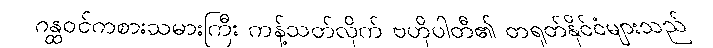
ဂန္ထဝင်ကစားသမားကြီး ကန့်သတ်လိုက် ဗဟိုပါတီ၏ တရုတ်နိုင်ငံများသည်